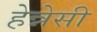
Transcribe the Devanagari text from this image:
हेन्नेसी